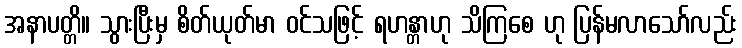
အနာပတ္တိ။ သွားပြီးမှ စိတ်ယုတ်မာ ဝင်သဖြင့် ရဟန္တာဟု သိကြစေ ဟု ပြန်မလာသော်လည်း